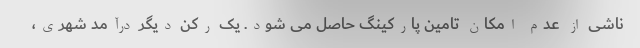
ناشی از عدم امکان تامین پارکینگ حاصل می شود. یک رکن دیگر درآمد شهری،